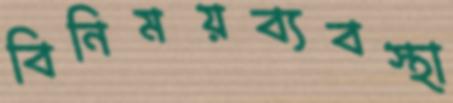
বিনিময়ব্যবস্থা